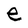
Character: e